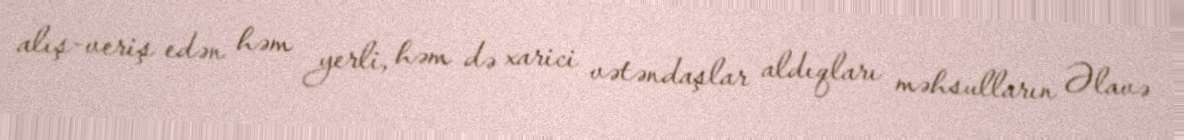
alış-veriş edən həm yerli, həm də xarici vətəndaşlar aldıqları məhsulların Əlavə